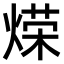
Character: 𫞡